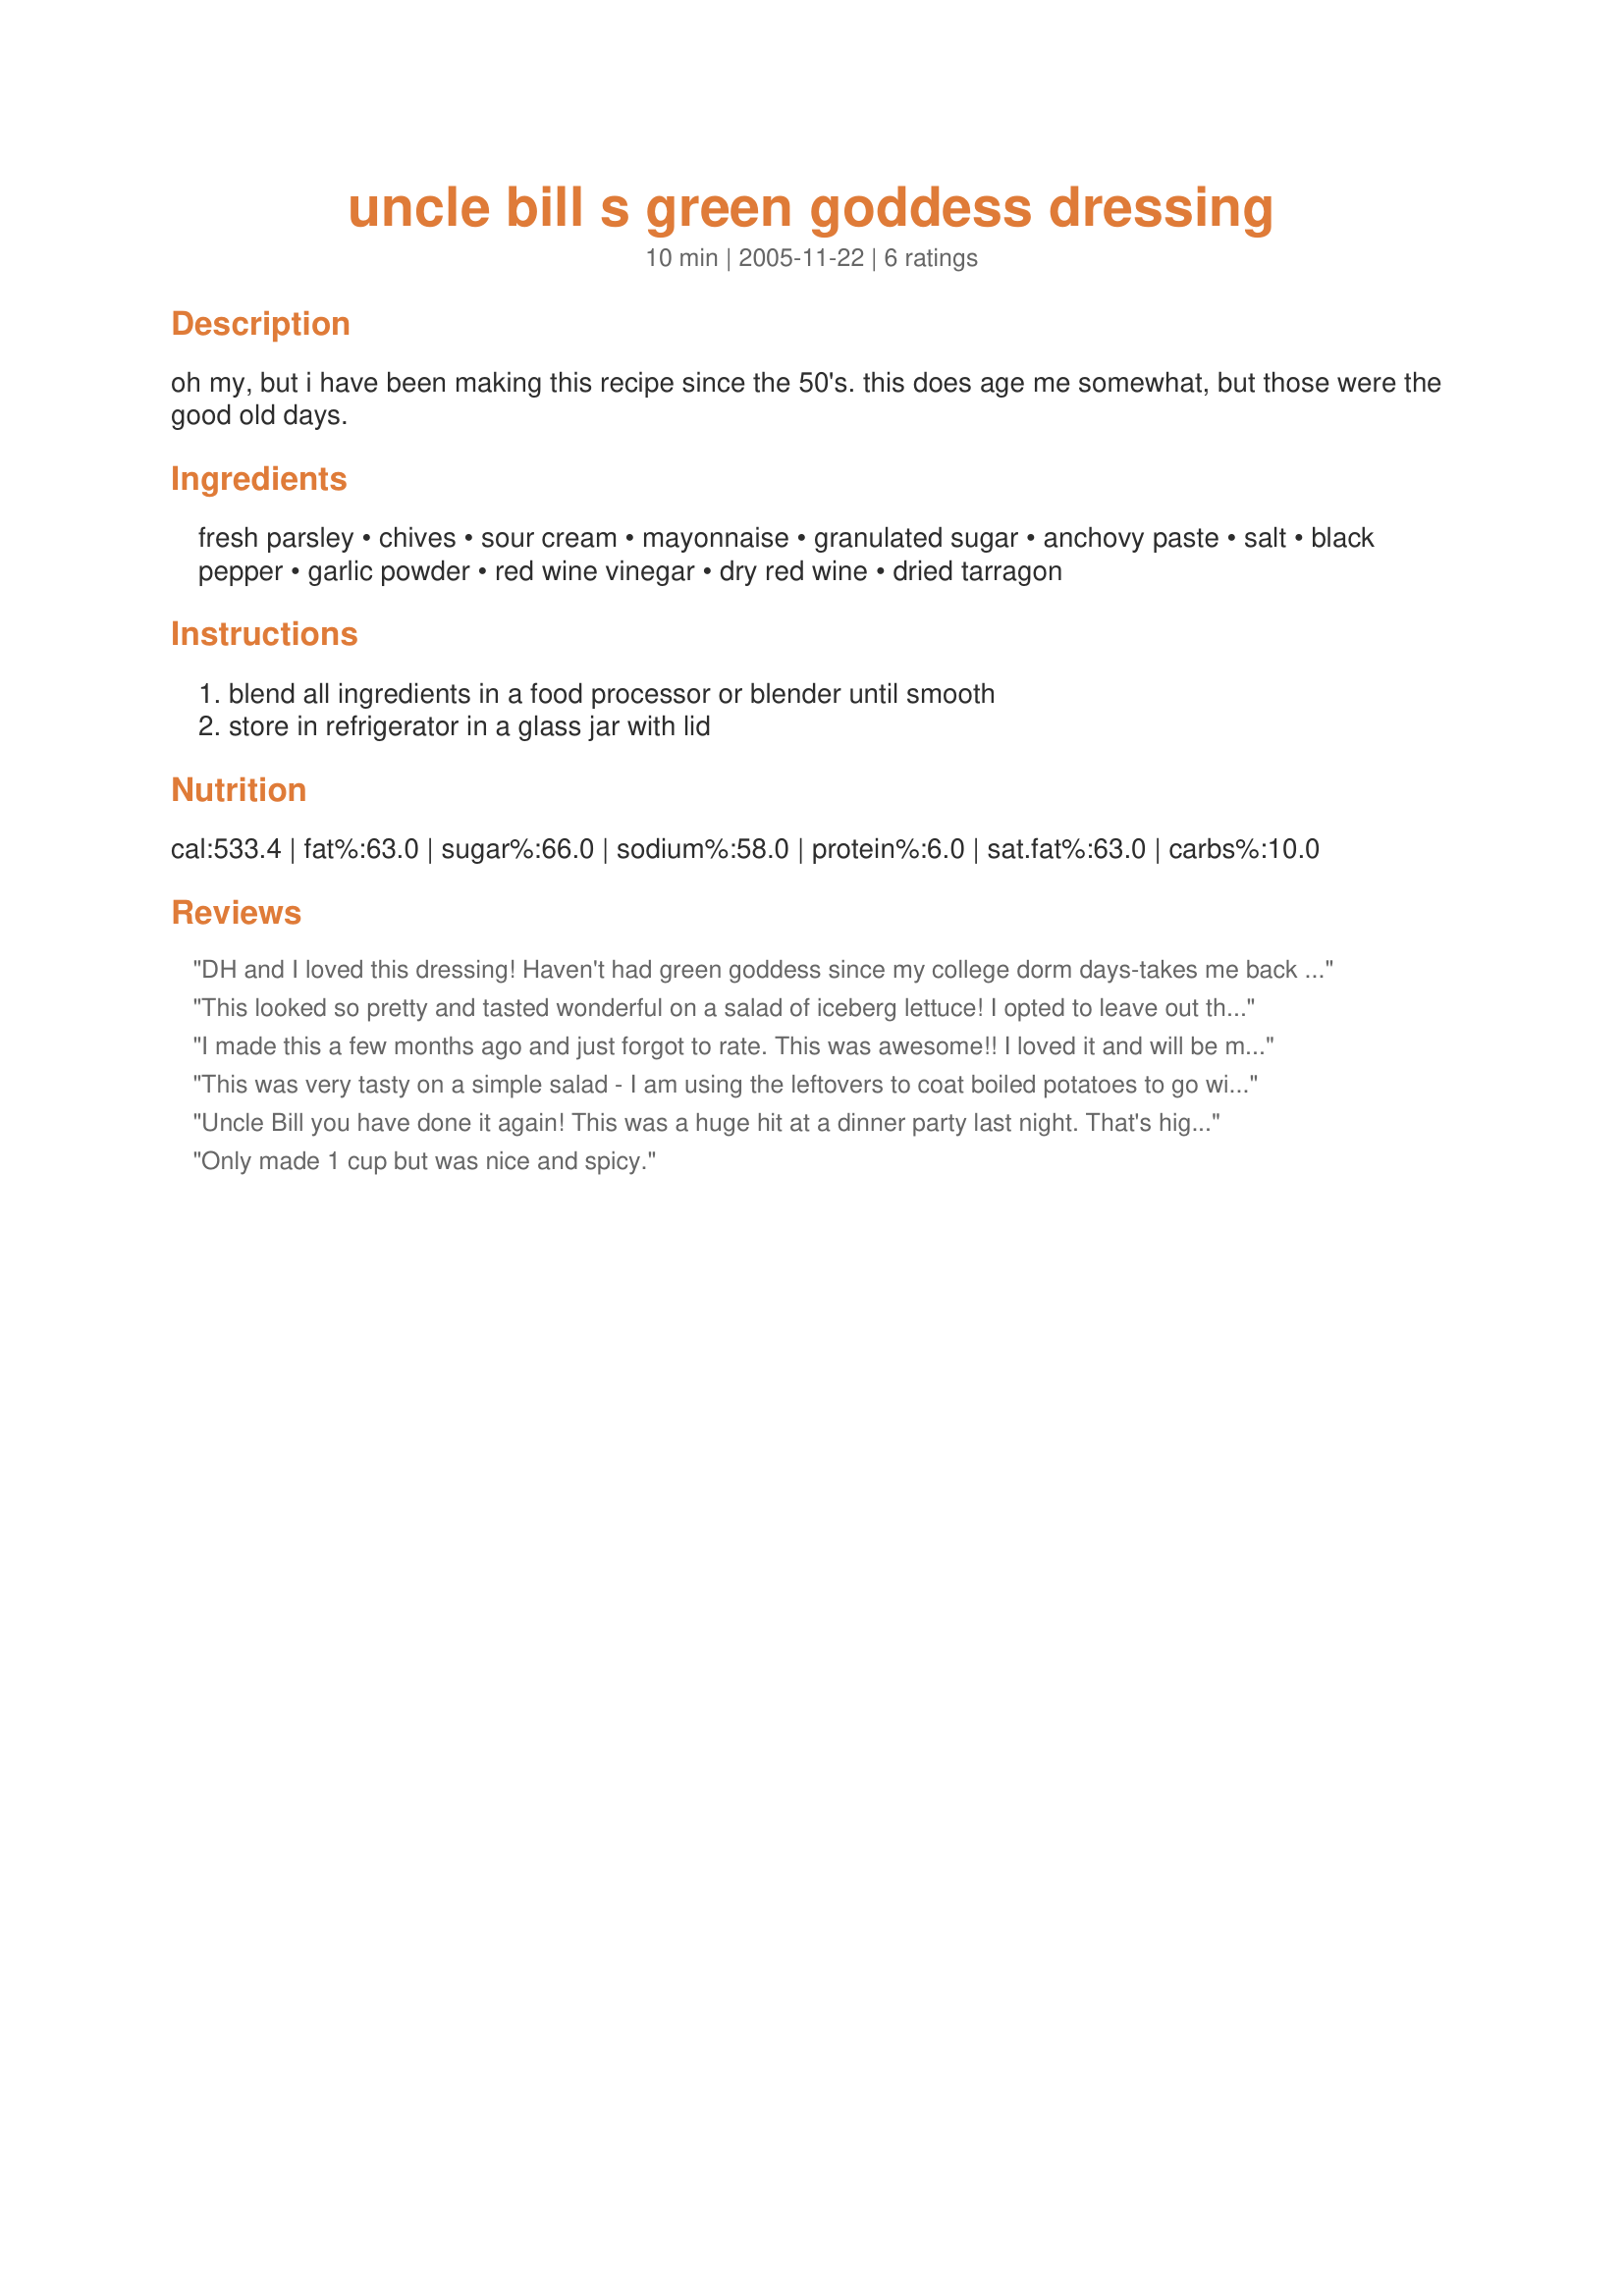
uncle bill s green goddess dressing
Preparation time: 10 minutes

oh my, but i have been making this recipe since the 50's. this does age me somewhat, but those were the good old days.

Ingredients:
fresh parsley, chives, sour cream, mayonnaise, granulated sugar, anchovy paste, salt, black pepper, garlic powder, red wine vinegar, dry red wine, dried tarragon

Steps:
blend all ingredients in a food processor or blender until smooth, store in refrigerator in a glass jar with lid

Reviews:
DH and I loved this dressing! Haven't had green goddess since my college dorm days-takes me back a few years!!! Made exactly as written and wouldn't change a thing. Thank you, Uncle Bill, for a great recipe!!!
This looked so pretty and tasted wonderful on a salad of iceberg lettuce! I opted to leave out the anchovy paste. I halved the recipe with no problem. Thank you Uncle Bill!
I made this a few months ago and just forgot to rate. This was awesome!! I loved it and will be making it again soon. Thanks for this wonderful recipe!
This was very tasty on a simple salad - I am using the leftovers to coat boiled potatoes to go with tonights dinner! Thanks for posting!
Uncle Bill you have done it again! This was a huge hit at a dinner party last night. That's high praise as there was a highly regarded professional cook there. Thanks again!
Only made 1 cup but was nice and spicy.
